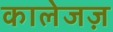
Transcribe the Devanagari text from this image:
कालेजज़